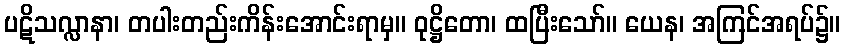
ပဋိသလ္လာနာ၊ တပါးတည်းကိန်းအောင်းရာမှ။ ဝုဋ္ဌိတော၊ ထပြီးသော်။ ယေန၊ အကြင်အရပ်၌။